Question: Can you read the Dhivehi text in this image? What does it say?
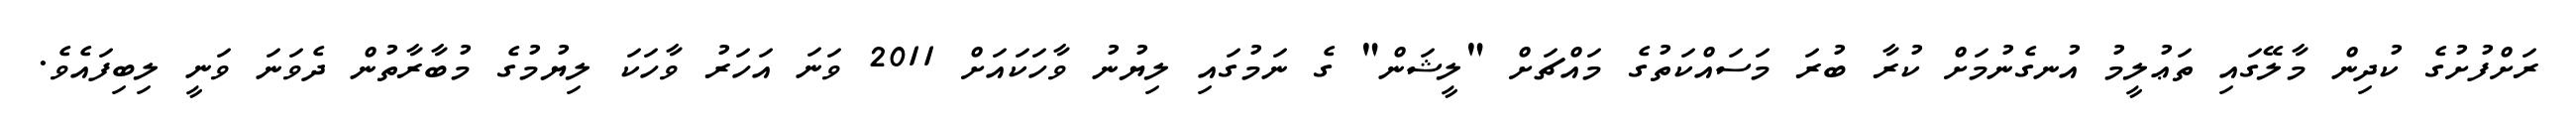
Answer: ރަށްފުށުގެ ކުދިން މާލޭގައި ތަޢުލީމު އުނގެނުމަށް ކުރާ ބުރަ މަސައްކަތުގެ މައްޗަށް "ލީޝަން" ގެ ނަމުގައި ލިޔުނު ވާހަކައަށް 2011 ވަނަ އަހަރު ވާހަކަ ލިޔުމުގެ މުބާރާތުން ދެވަނަ ވަނީ ލިބިފައެވެ.